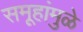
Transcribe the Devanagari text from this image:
समूहांमुळे